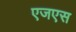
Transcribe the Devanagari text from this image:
एजएस